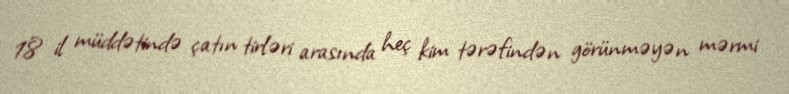
18 il müddətində çatın tirləri arasında heç kim tərəfindən görünməyən mərmi